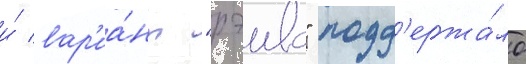
и́ вар'иа́нт "рэива" подд'ержа́ло